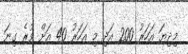
މިދިޔަ އަހަރު 200 އަދި މި އަހަރު 40 އަށް ވުރެ ގިނަ